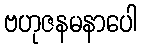
ဗဟုဇနမနာပေါ